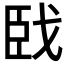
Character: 𦣣